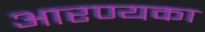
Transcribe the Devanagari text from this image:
आरण्यका